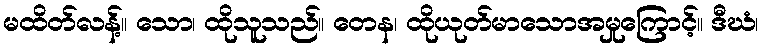
မထိတ်လန့်။ သော၊ ထိုသူသည်။ တေန၊ ထိုယုတ်မာသောအမှုကြောင့်။ ဒီဃံ၊